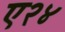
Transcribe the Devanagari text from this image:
ए२४